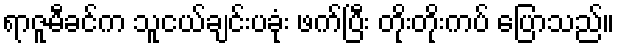
ရာဇူမီခင်က သူငယ်ချင်းပခုံး ဖက်ပြီး တိုးတိုးကပ် ပြောသည်။